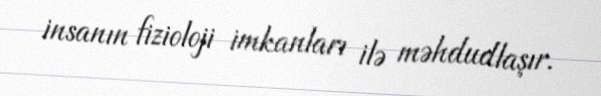
insanın fizioloji imkanları ilə məhdudlaşır.